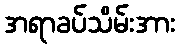
အရာခပ်သိမ်းအား